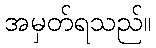
အမှတ်ရသည်။